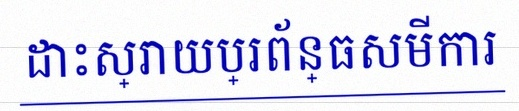
ដោះស្រាយប្រព័ន្ធសមីការ